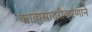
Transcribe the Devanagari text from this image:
काव्यसादरीकरणाने